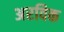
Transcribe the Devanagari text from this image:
अरविक